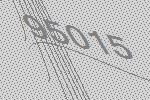
95015